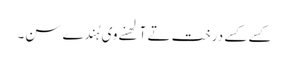
کسے کسے درخت تے آلھنے وی ہُندے سن۔